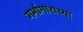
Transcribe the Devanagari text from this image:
गर्भागाराच्या